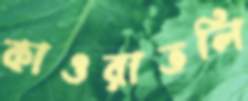
কাওরাতলি